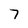
Character: 7